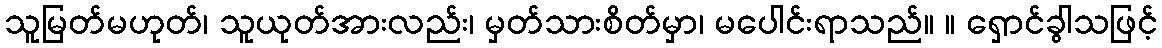
သူမြတ်မဟုတ်၊ သူယုတ်အားလည်း၊ မှတ်သားစိတ်မှာ၊ မပေါင်းရာသည်။ ။ ရှောင်ခွါသဖြင့်